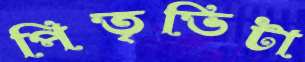
পিতৃভিটা